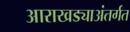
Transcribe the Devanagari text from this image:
आराखड्याअंतर्गत